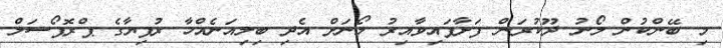
މި ބޭންކުން ލޯނު ދޫކުރަން ފަށާފައިވާއިރު ލޯނަށް އެދި ބިލިއަނެއްހާ ރުފިޔާގެ ޕްރޮޕޯސަލް